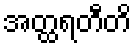
အတ္ထရတီတိ